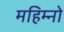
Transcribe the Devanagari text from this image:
महिम्नो